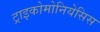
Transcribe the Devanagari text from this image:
ट्राइकोमोनियेसिस